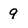
Character: 9